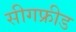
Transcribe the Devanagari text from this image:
सीगफ्रीड